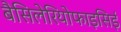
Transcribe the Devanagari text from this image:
बैसिलेरियोफाइसिई